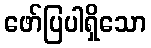
ဖော်ပြပါရှိသော